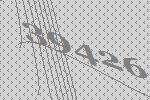
39426